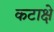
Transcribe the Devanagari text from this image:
कटाक्षे